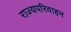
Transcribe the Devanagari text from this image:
राज्यपरिवाहन